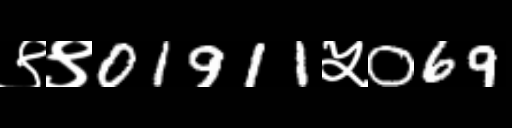
Text: ९९01911५069